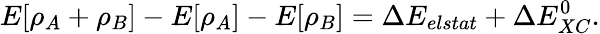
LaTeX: E[\rho_{A}+\rho_{B}]-E[\rho_{A}]-E[\rho_{B}]=\Delta E_{elstat}+\Delta E_{XC}^{0}.